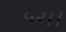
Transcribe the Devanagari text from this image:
५२।।